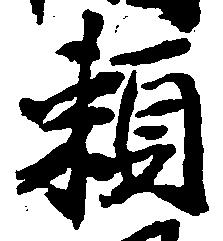
頼